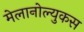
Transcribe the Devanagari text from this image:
मेलानोल्युकस